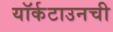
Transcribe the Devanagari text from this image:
यॉर्कटाउनची